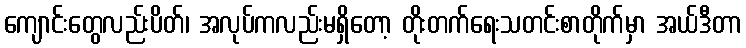
ကျောင်းတွေလည်းပိတ်၊ အလုပ်ကလည်းမရှိတော့ တိုးတက်ရေးသတင်းစာတိုက်မှာ အယ်ဒီတာ